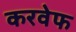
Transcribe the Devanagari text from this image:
करवेफ